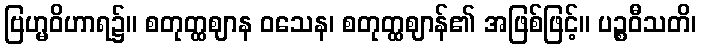
ဗြဟ္မဝိဟာရ၌။ စတုတ္ထဈာန ဝသေန၊ စတုတ္ထဈာန်၏ အဖြစ်ဖြင့်။ ပဉ္စဝီသတိ၊